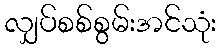
လျှပ်စစ်စွမ်းအင်သုံး